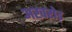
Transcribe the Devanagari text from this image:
अखरोड़